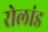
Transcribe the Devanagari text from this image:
रोलांड